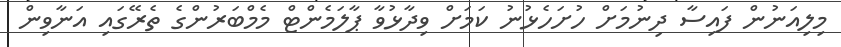
މިލިއަނުން ފައިސާ ދިނުމަށް ހުށަހެޅުނު ކަމަށް ވިދާޅުވާ ޕާލަމެންޓް މެމްބަރުންގެ ތެރޭގައި އަނާވިން